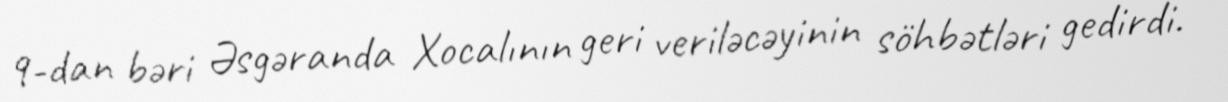
9-dan bəri Əsgəranda Xocalının geri veriləcəyinin söhbətləri gedirdi.